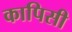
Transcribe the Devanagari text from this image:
कापिसी